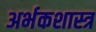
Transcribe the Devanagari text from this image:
अर्भकशास्त्र